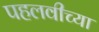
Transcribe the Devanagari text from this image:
पहलवीच्या